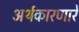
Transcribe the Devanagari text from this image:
अर्थकारणारे